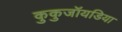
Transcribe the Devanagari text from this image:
कुकुजॉयडिया